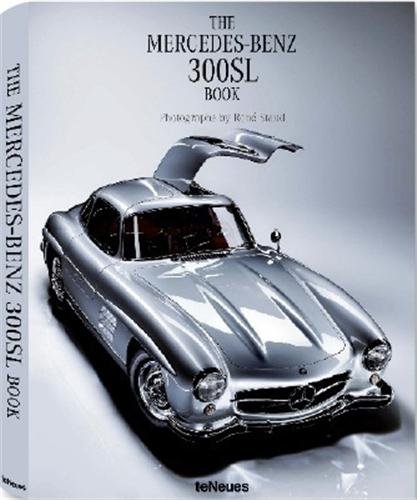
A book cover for Mercedes-Benz: 300SL Book (German, English and French Edition); Arts & Photography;